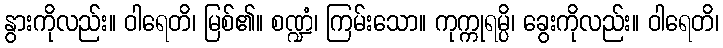
နွားကိုလည်း။ ဝါရေတိ၊ မြစ်၏။ စဏ္ဍံ၊ ကြမ်းသော။ ကုက္ကုရမ္ပိ၊ ခွေးကိုလည်း။ ဝါရေတိ၊